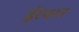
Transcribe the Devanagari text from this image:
ईरफान